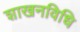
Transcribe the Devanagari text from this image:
शाखनविधि